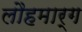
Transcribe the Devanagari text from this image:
लौहमार्ग